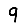
Digit: 9